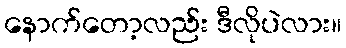
နောက်တော့လည်း ဒီလိုပဲလား။